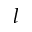
l